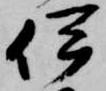
伊